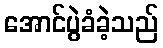
အောင်ပွဲခံခဲ့သည်